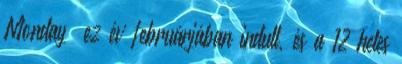
Monday” ez év februárjában indult, és a 12 hetes